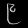
Digit: ၉